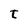
Character: t